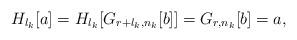
LaTeX: \begin{align*}H_{l_k}[a]= H_{l_k}[G_{r+l_k,n_k}[b]]=G_{r,n_k}[b]=a,\end{align*}